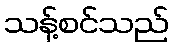
သန့်စင်သည်